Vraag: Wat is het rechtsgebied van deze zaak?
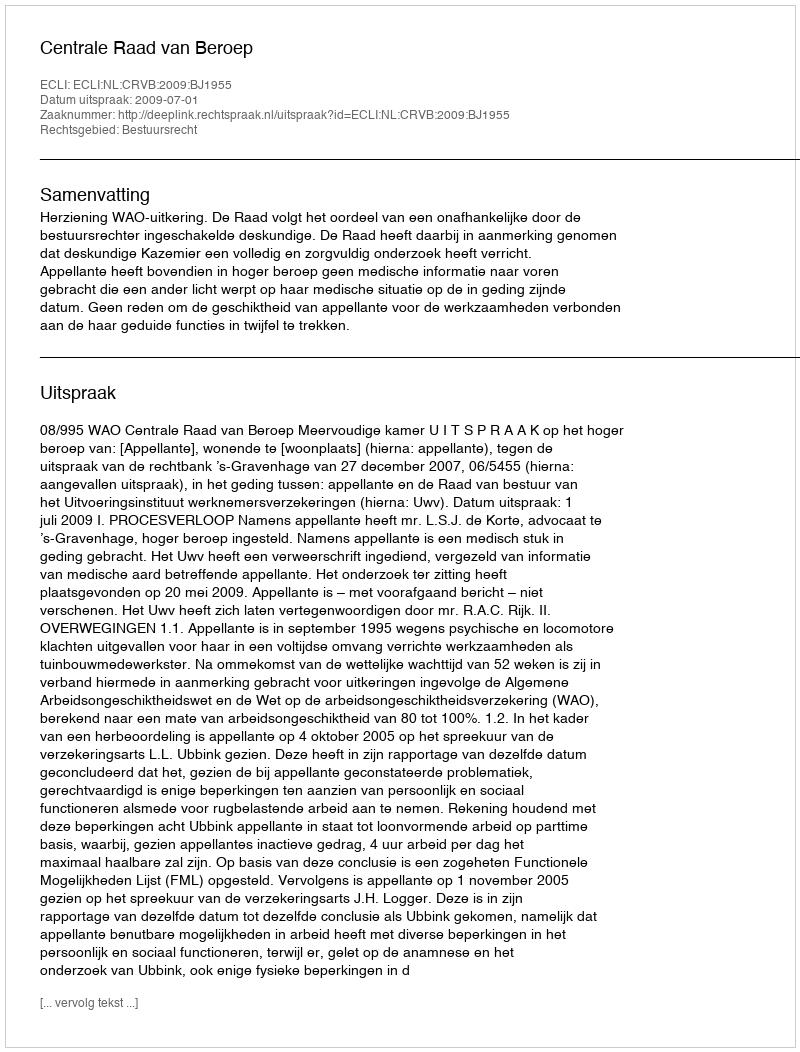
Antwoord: Bestuursrecht